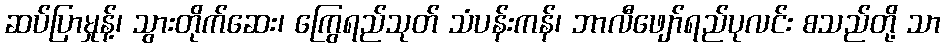
ဆပ်ပြာမှုန့်၊ သွားတိုက်ဆေး၊ ကြွေရည်သုတ် သံပန်းကန်၊ ဘာလီဖျော်ရည်ပုလင်း စသည်တို့ သာ